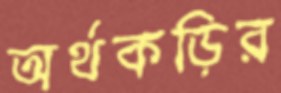
অর্থকড়ির